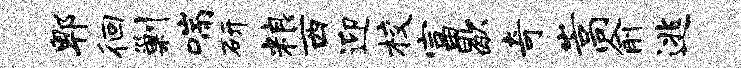
郫徊剿喘研粮西迎校富歇奇嵩俞逃